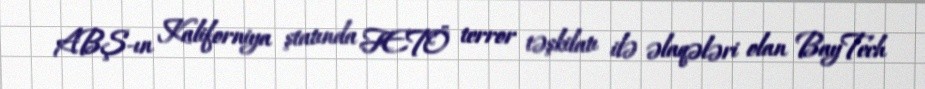
ABŞ-ın Kaliforniya ştatında FETÖ terror təşkilatı ilə əlaqələri olan BayTech